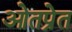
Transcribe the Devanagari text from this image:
ओतप्रेत